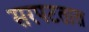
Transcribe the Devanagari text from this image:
सरपटतात